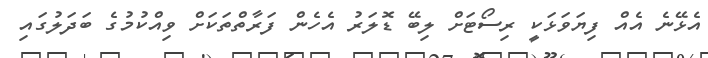
އެޅޭނެ އެއް ފިޔަވަޅަކީ ރިސޯޓަށް ލިބޭ ޑޮލަރު އެހެން ފަރާތްތަކަށް ވިއްކުމުގެ ބަދަލުގައި